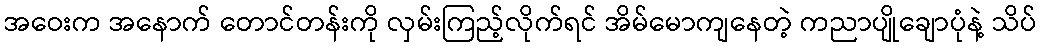
အဝေးက အနောက် တောင်တန်းကို လှမ်းကြည့်လိုက်ရင် အိမ်မောကျနေတဲ့ ကညာပျိုချောပုံနဲ့ သိပ်